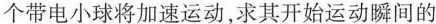
个带电小球将加速运动，求其开始运动瞬间的